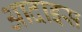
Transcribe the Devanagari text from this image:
आदाइस